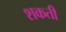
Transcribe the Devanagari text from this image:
शकती